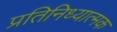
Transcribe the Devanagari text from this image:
प्रतिनिध्यात्मक